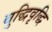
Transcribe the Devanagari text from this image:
बुद्धिवृद्धि